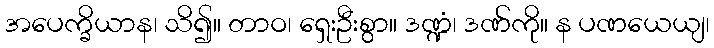
အပေက္ခိယာန၊ သိ၍။ တာဝ၊ ရှေးဦးစွာ။ ဒဏ္ဍံ၊ ဒဏ်ကို။ န ပဏယေယျ၊